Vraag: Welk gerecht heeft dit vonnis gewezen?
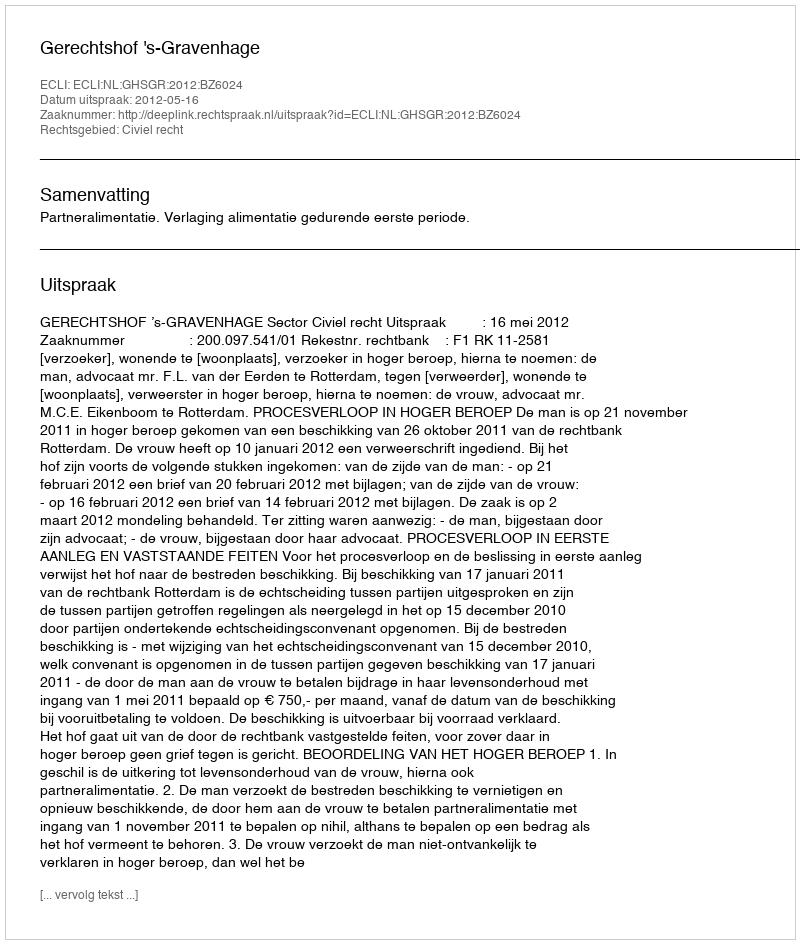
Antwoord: Gerechtshof 's-Gravenhage